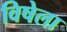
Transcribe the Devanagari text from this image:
विषेला